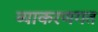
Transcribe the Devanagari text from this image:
व्याकरणगत